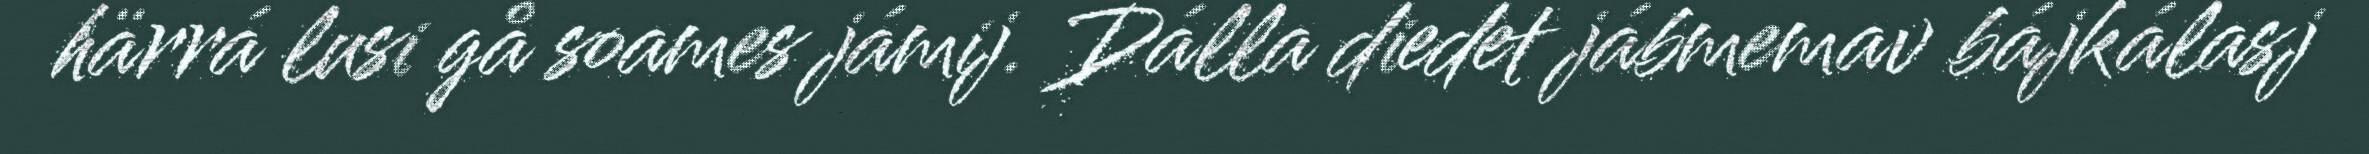
härrá lusi gå soames jámij. Dálla diedet jábmemav bájkálasj